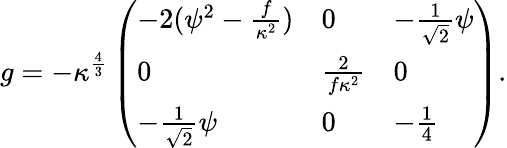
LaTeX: g=-\kappa^{\frac{4}{3}}\left(\begin{array}{lll}{{-2(\psi^{2}-{\frac{f}{\kappa^{2}}})}}&{{0}}&{{-{\frac{1}{\sqrt{2}}}\psi}}\\ {{0}}&{{{\frac{2}{f\kappa^{2}}}}}&{{0}}\\ {{-{\frac{1}{\sqrt{2}}}\psi}}&{{0}}&{{-{\frac{1}{4}}}}\end{array}\right).